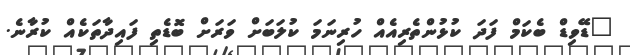
"ޑޭވިޑް ބެކަމް ފަދަ ކުޅުންތެރިއެއް ހުރިނަމަ ކުލަބަށް ވަރަށް ބޮޑެތި ފައިދާތަކެއް ކުރާނެ.